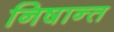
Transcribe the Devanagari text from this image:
निषान्त